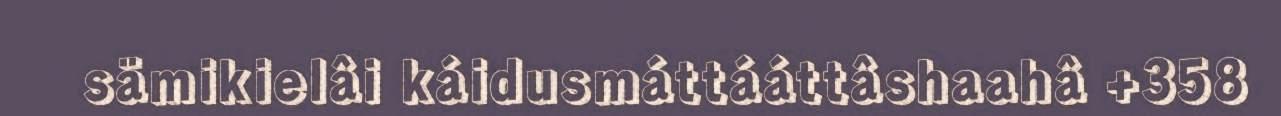
sämikielâi káidusmáttááttâshaahâ +358